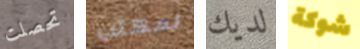
تحصلت لمكتب لديك شوكة